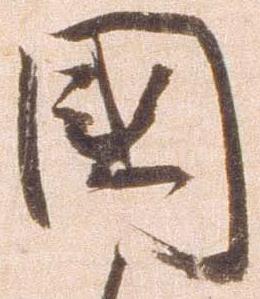
国